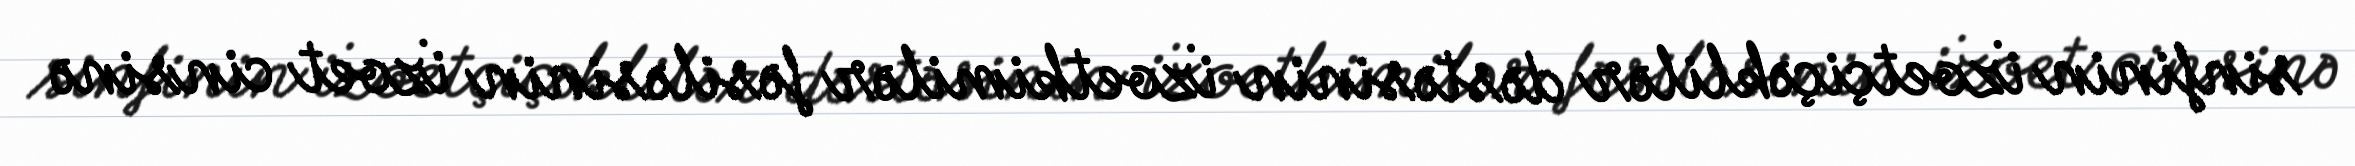
sinfinin i̇zoetçiçəklilər dəstəsinin i̇zoetkimilər fəsiləsinin i̇zoet cinsinə